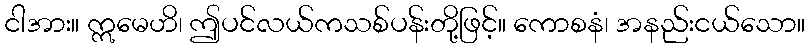
ငါအား။ ဣမေဟိ၊ ဤပင်လယ်ကသစ်ပန်းတို့ဖြင့်။ ကောစနံ၊ အနည်းငယ်သော။